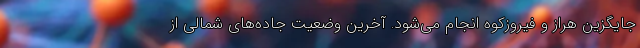
جایگزین هراز و فیروزکوه انجام می‌شود. آخرین وضعیت جاده‌های شمالی از